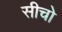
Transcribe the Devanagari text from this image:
सीचो